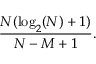
{ \frac { N ( \log _ { 2 } ( N ) + 1 ) } { N - M + 1 } } .